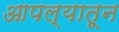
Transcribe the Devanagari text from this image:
आपल्यातून